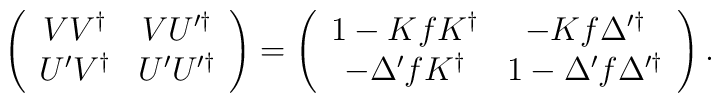
\left(\begin{array}{cc} V V^\dag & V U'^\dag \\U'V^\dag & U'U'^\dag \end{array}\right)=\left(\begin{array}{cc}1-K f K^\dag & -K f \Delta'^\dag \\ -\Delta'f K^\dag &1-\Delta'f\Delta'^\dag\end{array}\right).